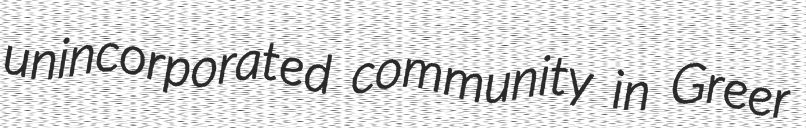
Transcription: unincorporated community in Greer